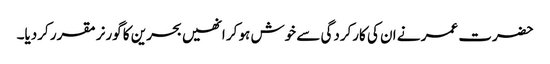
حضرت عمر نے ان کی کارکردگی سے خوش ہو کر انھیں بحرین کا گورنر مقرر کردیا۔